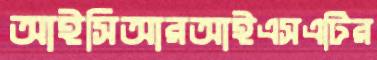
আইসিআরআইএসএটির